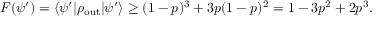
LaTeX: F ( \psi ^ { \prime } ) = \langle \psi ^ { \prime } \vert \rho _ { \operatorname { o u t } } \vert \psi ^ { \prime } \rangle \geq ( 1 - p ) ^ { 3 } + 3 p ( 1 - p ) ^ { 2 } = 1 - 3 p ^ { 2 } + 2 p ^ { 3 } .